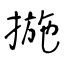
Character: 揓